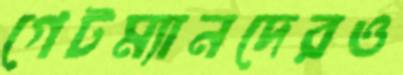
গেটম্যানদেরও